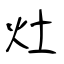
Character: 灶